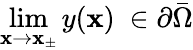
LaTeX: \operatorname*{lim}_{\mathbf{x}\to\mathbf{x}_{\pm}}y(\mathbf{x})\ \in\partial{\bar{{\Omega}}}